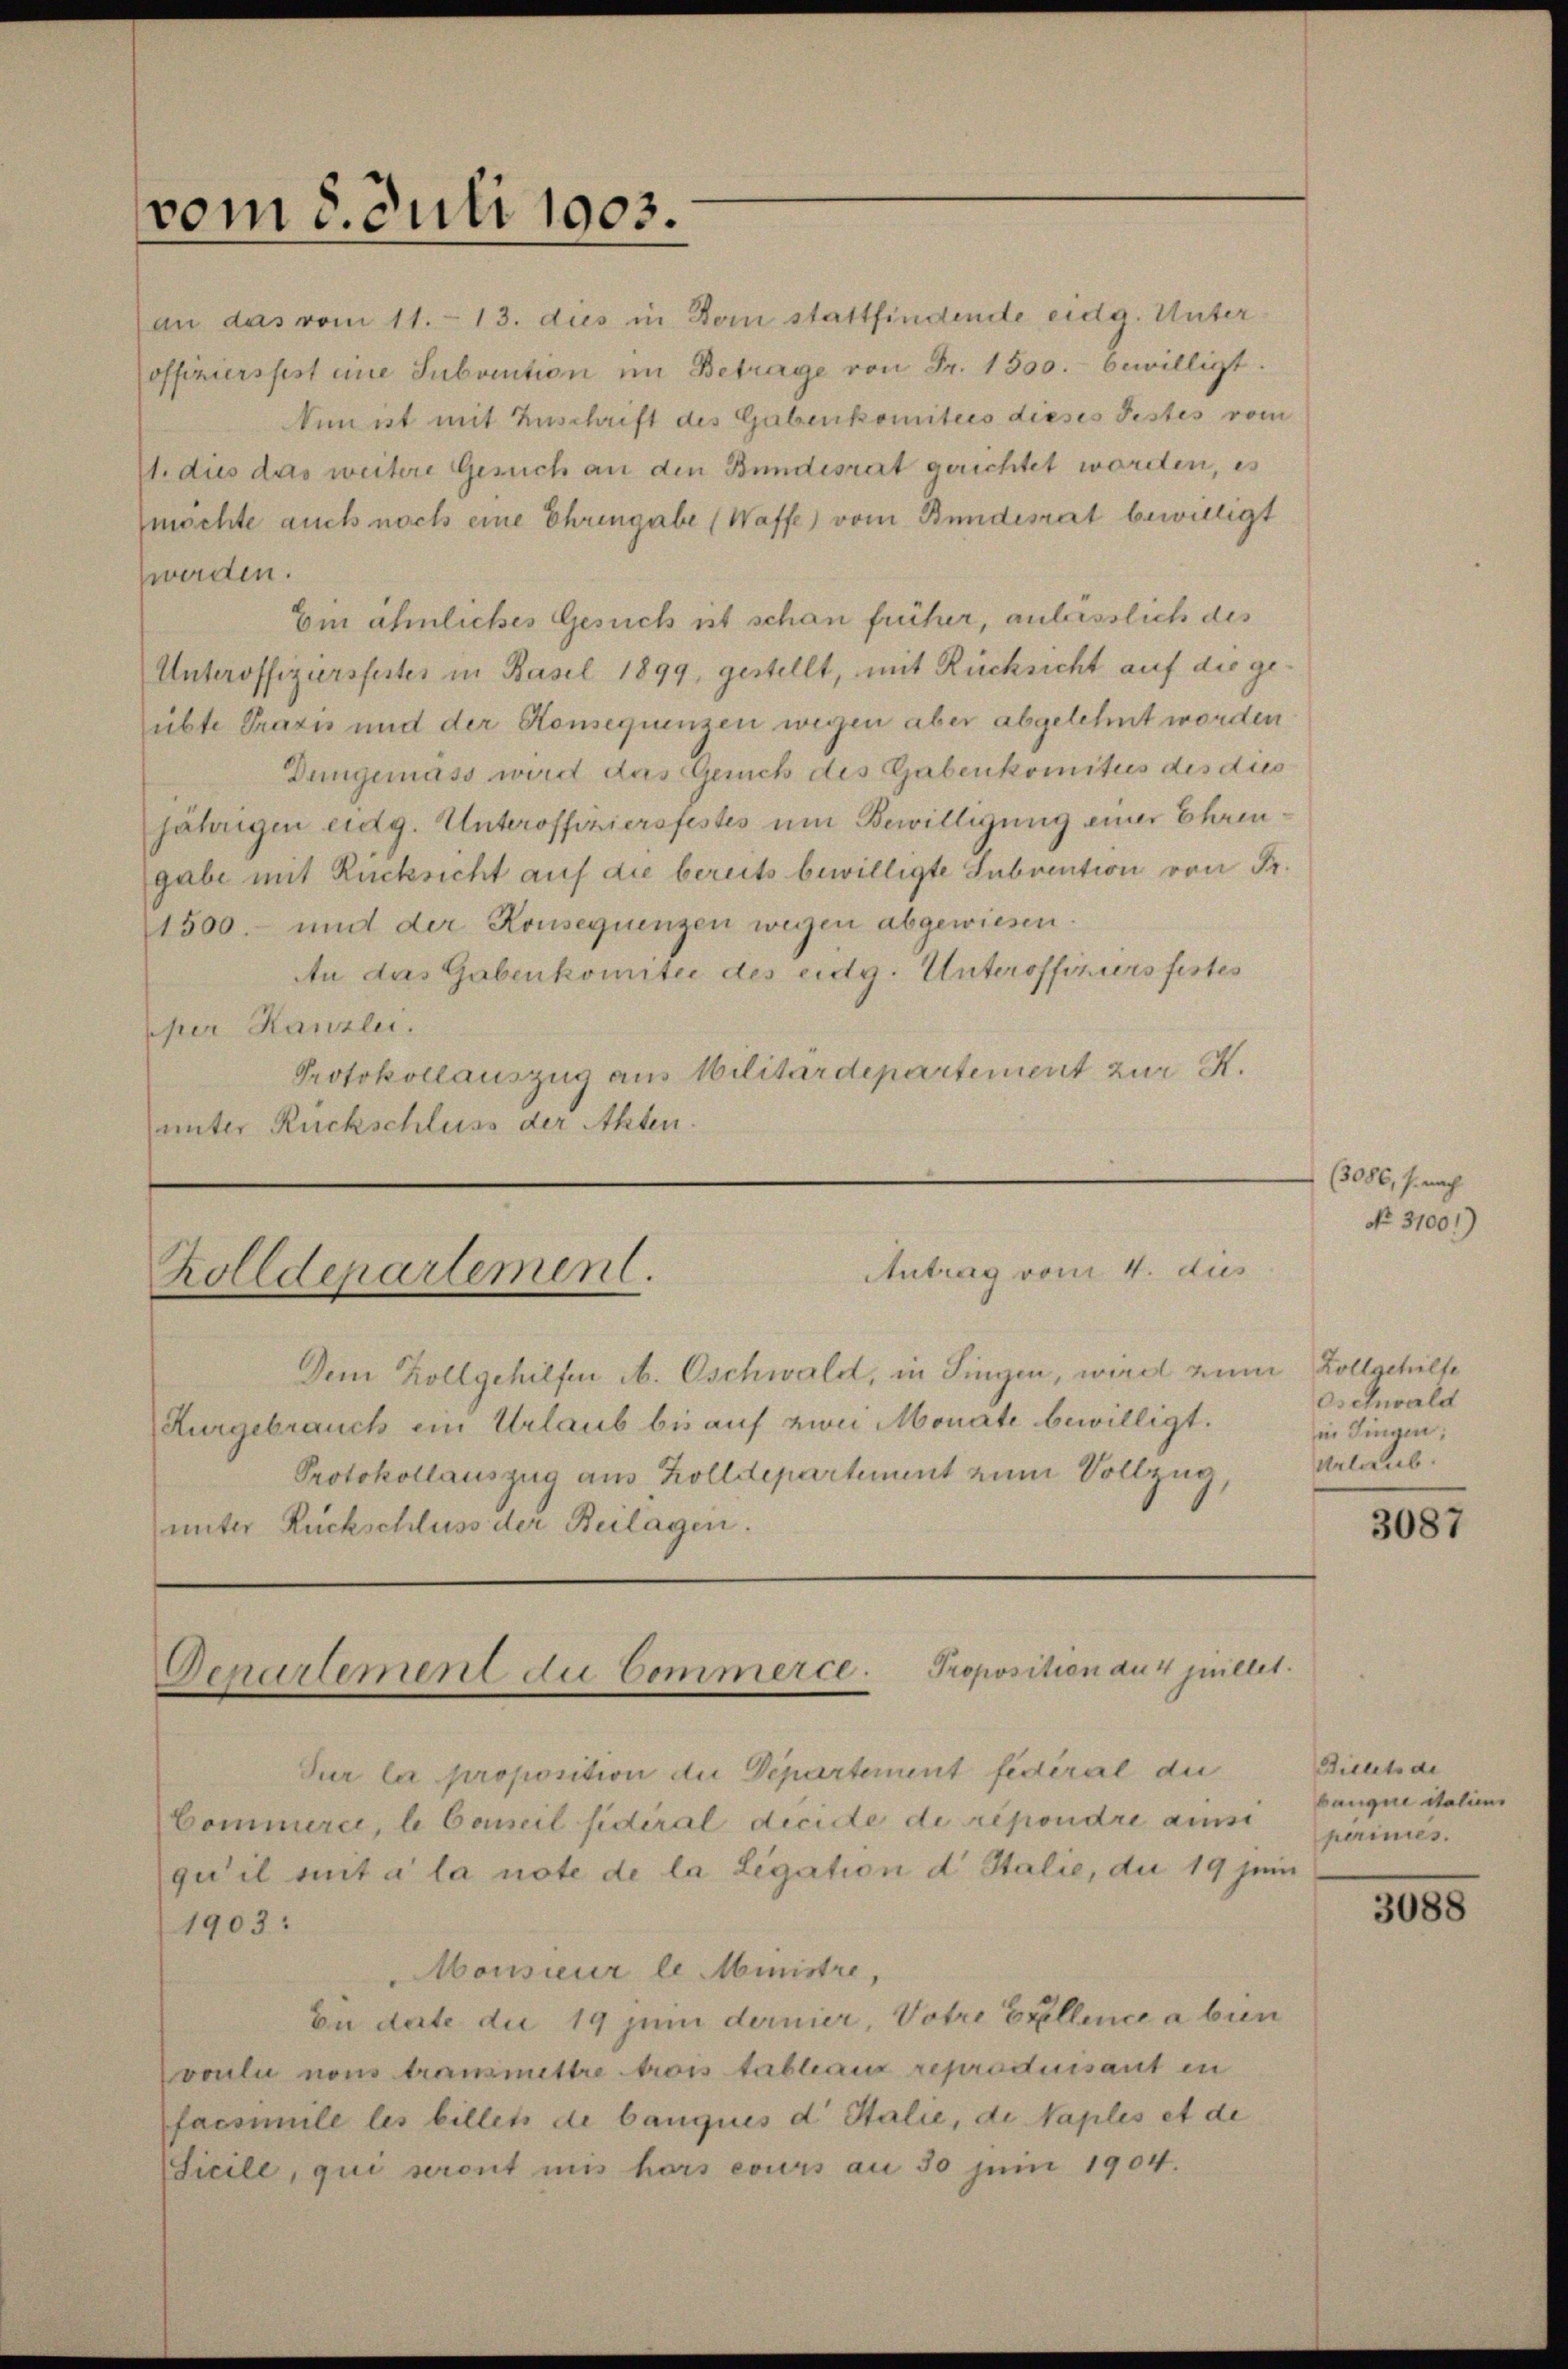
vom 8. Juli 1903.

an das vom 11. 13. dies in Bern stattfindende eidg. Unteroffiziersfest eine Subvention im Betrage von Fr. 1500. bewilligt.
Sinist mit Zuschrift des Gabenkomitees dieses Festes vom
1. dies das weitere Gesuch an den Bundesrat gerichtet worden, es
machte auch nach eine Ehrengabe (Waffe) vom Bundesrat bewilligt
werden.
Ein ähnliches Gesuch ist schon früher, anlässlich des
Unteroffiziersfestes in Basel 1899, gestellt, mit Rücksicht auf die geübte Praxis und der Konsequenzen wegen aber abgelehnt worden
Dungemäss wird das Gerich des Gabenkomites des dies
jährigen eidg. Unteroffiziersfestes um Bewilligung einer Ehren
gabe mit Rücksicht auf die bereits bewilligte Subvention von Fr.
1500.- und der Konsequenzen wegen abgewiesen.
An das Gabenkomitee des eidg. Unteroffiziers festes
pher Kanzlei.
Protokollauszug aus Militärdepartement zur K.
unter Rückschluss der Akten.

Antrag vom 4. aus
Zolldepartement.

Dem Kollgehilfen A. Oschwald, in Singen, wird zum
Kurgebrauch ein Urlaub bis auf von Monate bewilligt.
Protokollauszug aus Zolldepartement zum Vollzug,
unter Rückschluss der Beilagen.

Genartement die Commerce. Proposition aus quillet.

Jur la proposition du Departement fédéral die
Commerce, le Conseil sidéral decide de répondre ains
qu’il mit a la note de la Legation d Italie, du 19 sein
1903:
Monsieur le Ministre,
bii darte die 19 juni dernier, Votre Erellence a bien
voulu nous transmettre trois tableaux reproduisant in
facsimile les billet de bauques d. Stalie, de Naples et de
Sicile, qui seront mis hors cours an 50 Juni 1904.

(3086, s. nach
No. 31001)

Zollgehilfe
Oschwald
in Fingen;
Urlaub

3087

Bielets de
bauque italie
perinnes.

3088